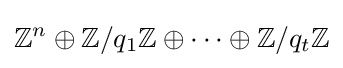
\mathbb {Z} ^{n}\oplus \mathbb {Z} /q_{1}\mathbb {Z} \oplus \cdots \oplus \mathbb {Z} /q_{t}\mathbb {Z}